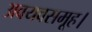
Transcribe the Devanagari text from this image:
अवयवसमूह।